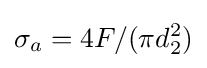
\sigma _{a}=4F/(\pi d_{2}^{2})